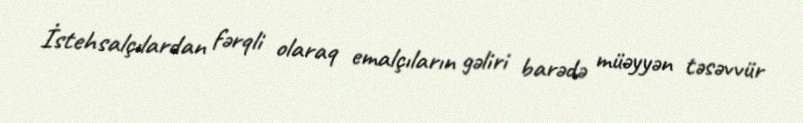
İstehsalçılardan fərqli olaraq emalçıların gəliri barədə müəyyən təsəvvür